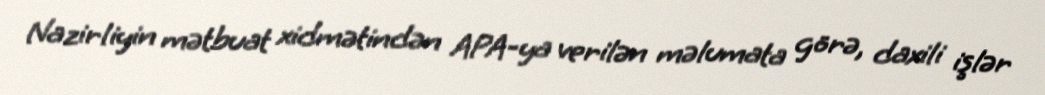
Nazirliyin mətbuat xidmətindən APA-ya verilən məlumata görə, daxili işlər